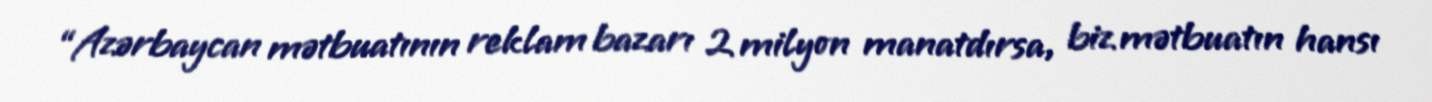
“Azərbaycan mətbuatının reklam bazarı 2 milyon manatdırsa, biz mətbuatın hansı